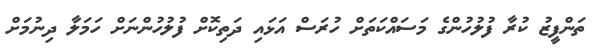
ތަންފީޒު ކުރާ ފުލުހުންގެ މަސައްކަތަށް ހުރަސް އަޅައި ދަތިކޮށް ފުލުހުންނަށް ހަމަލާ ދިނުމަށް